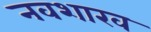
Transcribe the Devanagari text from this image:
नवशाख